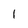
Character: 1